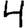
Digit: 4